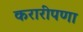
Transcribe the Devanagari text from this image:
करारीपणा